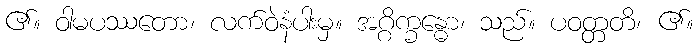
၏။ ဝါမပဿတော၊ လက်ဝဲနံပါးမှ။ အဂ္ဂိက္ခန္ဓော၊ သည်။ ပဝတ္တတိ၊ ၏။